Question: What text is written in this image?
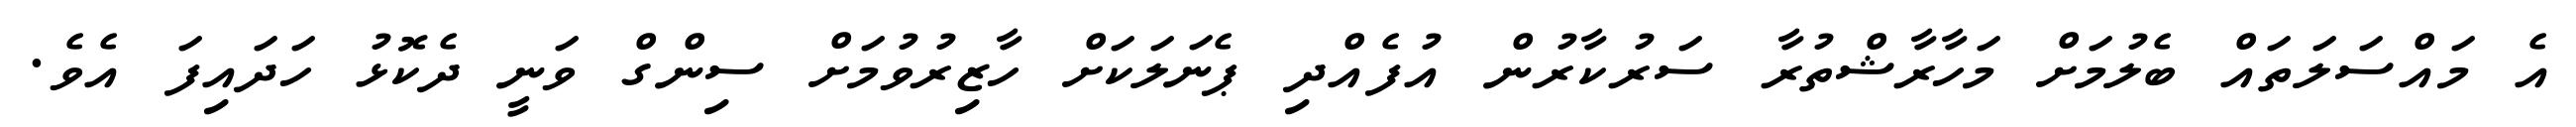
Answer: އެ މައްސަލަތައް ބެލުމަށް މަހާރާޝްތުރާ ސަރުކާރުން އުފެއްދި ޕެނަލަކަށް ހާޒިރުވުމަށް ސިންގް ވަނީ ދެކޮޅު ހަދައިފަ އެވެ.